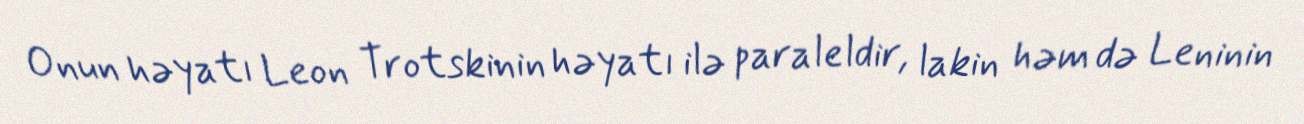
Onun həyatı Leon Trotskinin həyatı ilə paraleldir, lakin həm də Leninin